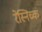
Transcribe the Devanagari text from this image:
रेस्निच्क